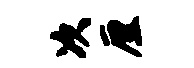
次厘